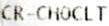
CR-CHOCLT